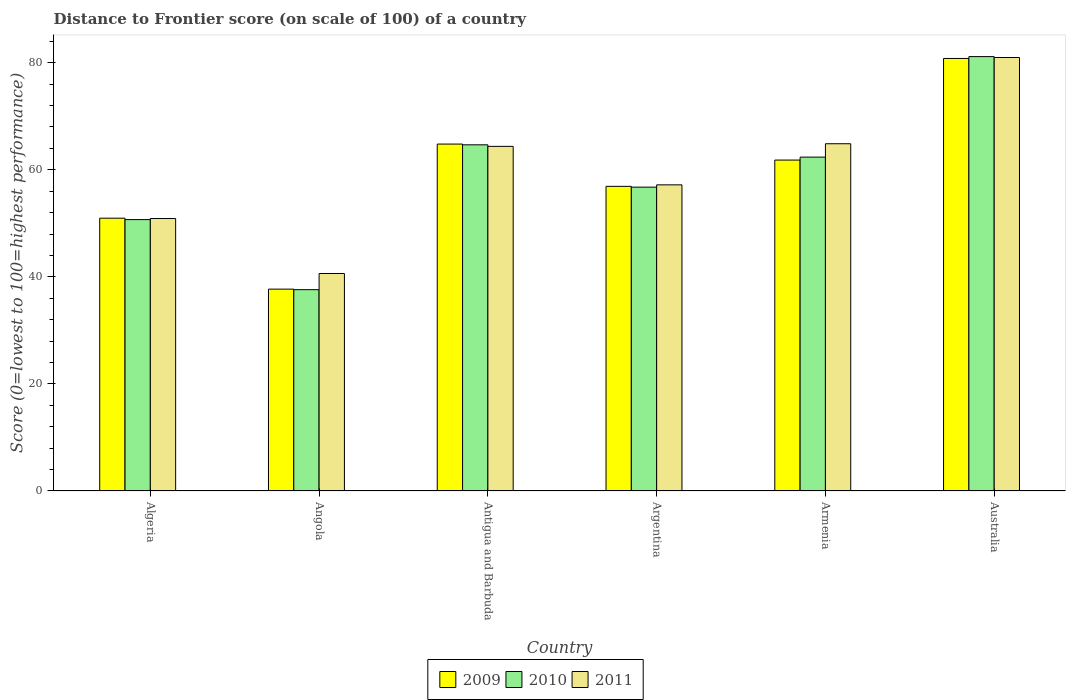
| Country | 2009 | 2010 | 2011 |
 | --- | --- | --- | --- |
 | Algeria | 51 | 50.7 | 50.9 |
 | Angola | 37.7 | 37.6 | 40.6 |
 | Antigua and Barbuda | 64.8 | 64.7 | 64.4 |
 | Argentina | 56.9 | 56.8 | 57.2 |
 | Armenia | 61.8 | 62.4 | 64.9 |
 | Australia | 80.8 | 81.2 | 81 |